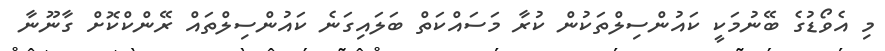
މި އެވޯޑުގެ ބޭނުމަކީ ކައުންސިލްތަކުން ކުރާ މަސައްކަތް ބަލައިގަނެ ކައުންސިލްތައް ރޭންކްކޮށް ގާނޫނާ